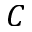
C